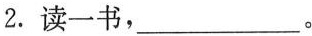
2.读一书，___。